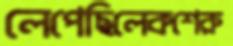
লেপেছিলেকশেরু